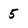
Character: 5